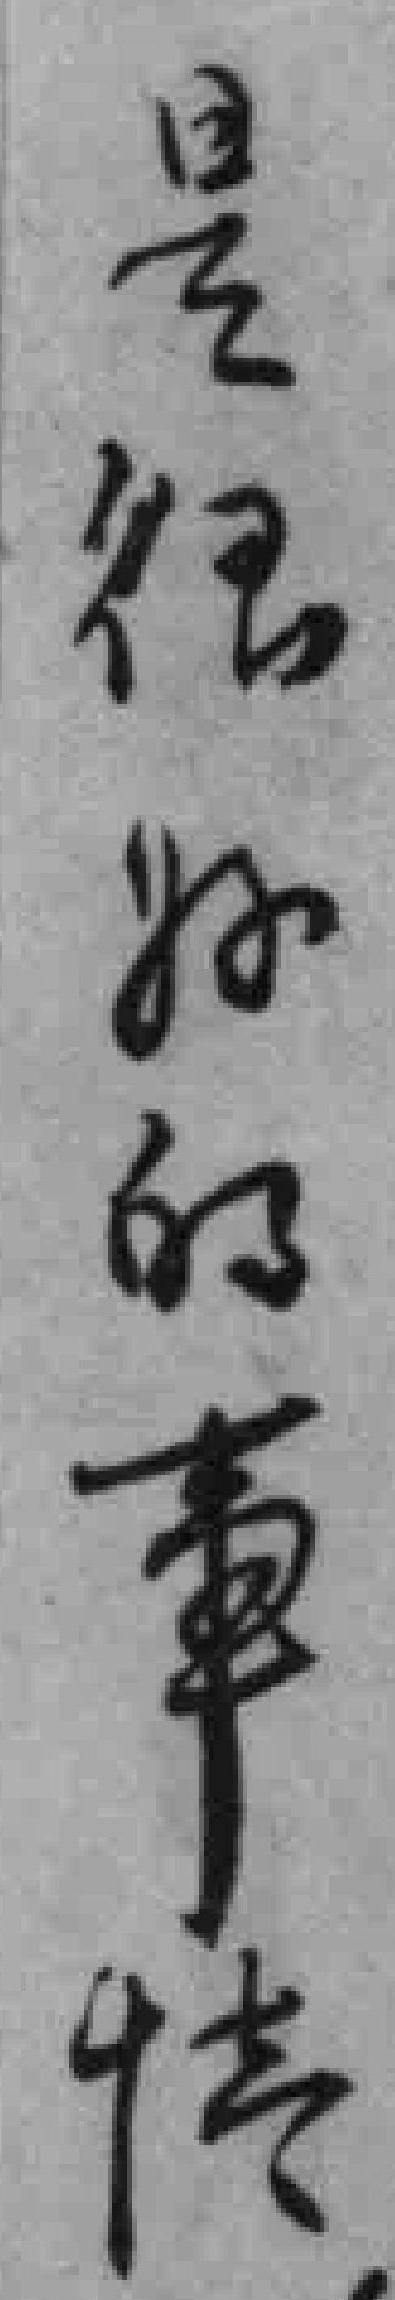
是很好的事情